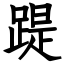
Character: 踶